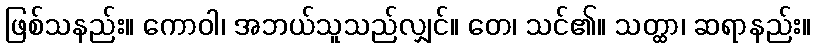
ဖြစ်သနည်း။ ကောဝါ၊ အဘယ်သူသည်လျှင်။ တေ၊ သင်၏။ သတ္ထာ၊ ဆရာနည်း။